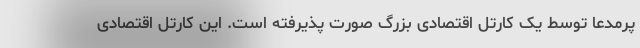
پرمدعا توسط یک کارتل اقتصادی بزرگ صورت پذیرفته است. این کارتل اقتصادی